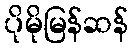
ပိုမိုမြန်ဆန်